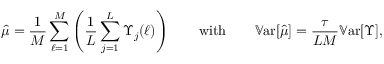
\hat { \mu } = \frac { 1 } { M } \sum _ { \ell = 1 } ^ { M } \left( \frac { 1 } { L } \sum _ { j = 1 } ^ { L } \Upsilon _ { j } ( \ell ) \right) \qquad \mathrm { w i t h } \qquad \mathbb { V } \mathrm { a r } [ \hat { \mu } ] = \frac { \tau } { L M } \mathbb { V } \mathrm { a r } [ \Upsilon ] ,